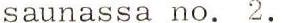
saunassa no. 2.